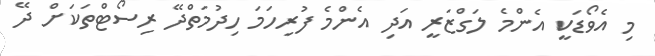
މި އެވޯޑަކީ އެންމެ ލަގްޒަރީ އަދި އެންމެ ފުރިހަމަ ހިދުމަތްދޭ ރިސޯޓްތަކަށް ދޭ